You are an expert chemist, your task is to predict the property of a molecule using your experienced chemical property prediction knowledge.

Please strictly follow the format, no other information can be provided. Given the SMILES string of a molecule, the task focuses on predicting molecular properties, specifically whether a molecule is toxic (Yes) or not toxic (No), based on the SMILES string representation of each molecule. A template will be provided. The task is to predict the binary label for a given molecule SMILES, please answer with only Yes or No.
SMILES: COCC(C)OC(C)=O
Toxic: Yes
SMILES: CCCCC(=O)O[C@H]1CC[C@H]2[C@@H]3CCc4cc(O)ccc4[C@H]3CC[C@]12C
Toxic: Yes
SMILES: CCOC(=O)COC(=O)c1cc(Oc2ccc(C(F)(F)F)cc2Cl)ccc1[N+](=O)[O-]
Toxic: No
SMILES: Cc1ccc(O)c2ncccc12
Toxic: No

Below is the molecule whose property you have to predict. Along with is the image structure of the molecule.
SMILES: CCCCCCCCCCCCCCCC/C=C/C1CC(=O)OC1=O
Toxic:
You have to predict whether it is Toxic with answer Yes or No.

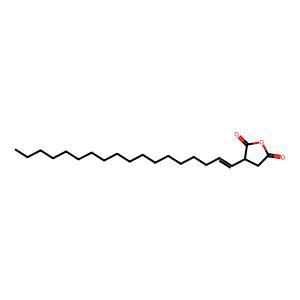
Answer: No